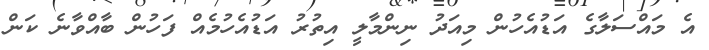
އެ މައްސަލާގެ އަޑުއެހުން މިއަދު ނިންމާލީ އިތުރު އަޑުއެހުމެއް ފަހުން ބާއްވާނެ ކަން